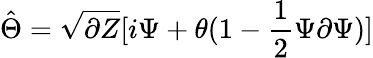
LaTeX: \hat{\Theta}=\sqrt{\partial Z}[i\Psi+\theta(1-\frac{1}{2}\Psi\partial\Psi)]